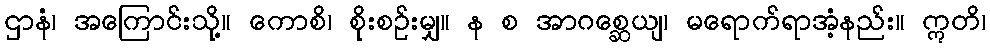
ဌာနံ၊ အကြောင်းသို့။ ကောစိ၊ စိုးစဉ်းမျှ။ န စ အာဂစ္ဆေယျ၊ မရောက်ရာအံ့နည်း။ ဣတိ၊